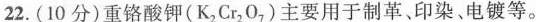
22.(10分)重铬酸钾(K_{2} Cr_{2} O_{7})主要用于制革、印染、电镀等。